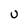
Character: u